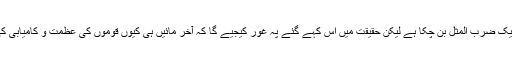
یہ کہنے کو تو صرف ایک ضرب المثل بن چکا ہے لیکن حقیقت میں اس کہے گئے پہ غور کیجیے گا کہ آخر مائیں ہی کیوں قوموں کی عظمت و کامیابی کی ضمانت بن جاتی ہیں۔